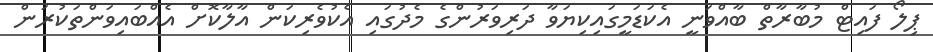
ޕިލޯ ފައިޓް މުބާރާތް ބާއްވަނީ އެކަޑަމީގައިކިޔަވާ ދަރިވަރުންގެ މެދުގައި އެކުވެރިކަން އާލާކޮށް އެއްބައިވަންތަކުރަން